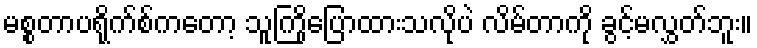
မစ္စတာပရိုက်စ်ကတော့ သူကြိုပြောထားသလိုပဲ လိမ်တာကို ခွင့်မလွှတ်ဘူး။